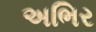
અભિર